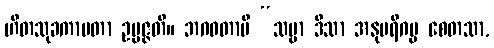
ဟိတသုခကာမတာ ဥပ္ပဇ္ဇတိ။ ဘဂဝတာပိ “သဗ္ဗာ ဒိသာ အနုပရိဂမ္မ စေတသာ,